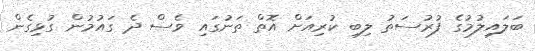
ބަލައިލުމުގެ ފުރުސަތު ލިބި ކުރިއަށް އޮތް ތަނުގައި ވެސް ދެ ގައުމުން ގުޅިގެން